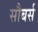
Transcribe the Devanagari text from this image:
सौबर्स